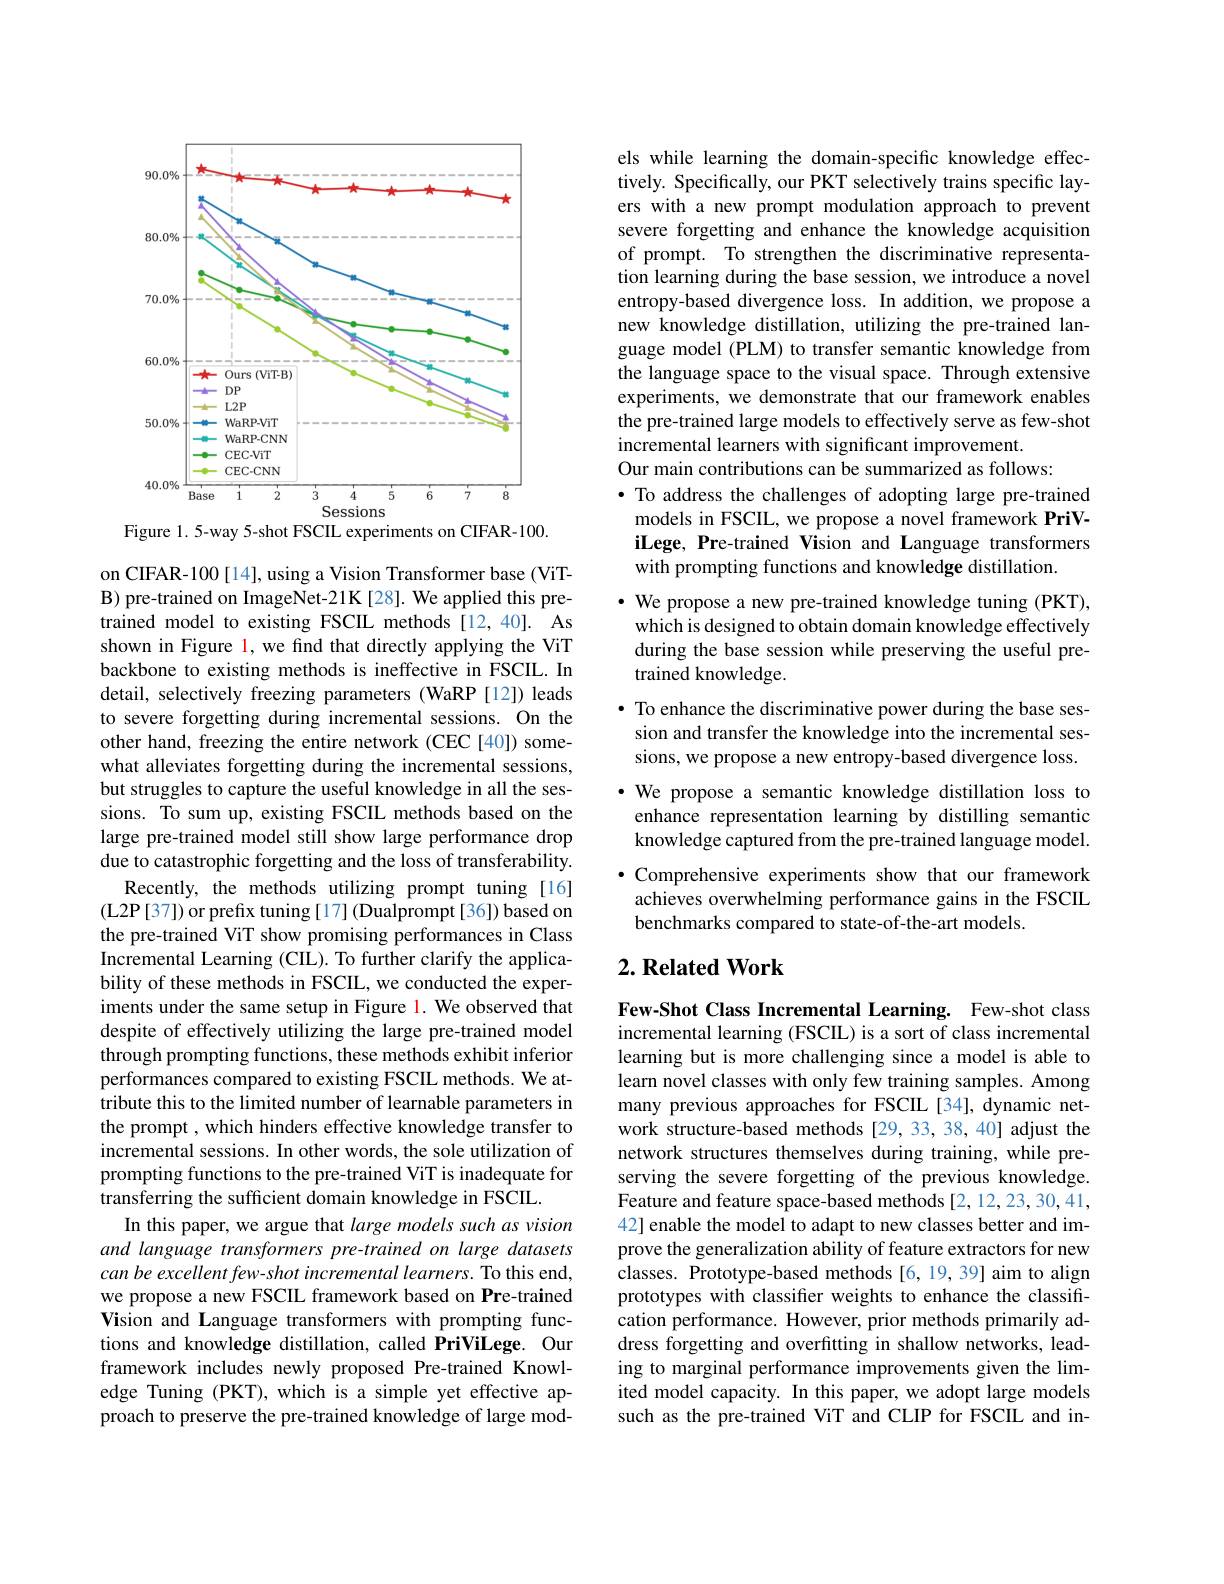
<FigureHere>
Figure 1. 5-way 5-shot FSCIL experiments on CIFAR-100.

on CIFAR-100[14], using a Vision Transformer base (ViTB) pre-trained on ImageNet-21K[28]. We applied this pretrained model to existing FSCIL methods [12,40]. As shown in Figure l, we find that directly applying the ViT backbone to existing methods is ineffective in FSCIL. In detail, selectively freezing parameters (WaRP [12]) leads to severe forgetting during incremental sessions. On the other hand, freezing the entire network (CEC[40]) somewhat alleviates forgetting during the incremental sessions, but struggles to capture the useful knowledge in all the sessions. To sum up, existing FSCIL methods based on the large pre-trained model still show large performance drop due to catastrophic forgetting and the loss of transferability.
Recently, the methods utilizing prompt tuning [16] (L2P[37]) or prefix tuning[17] (Dualprompt[36]) based on the pre-trained ViT show promising performances in Class Incremental Learning (CIL). To further clarify the applicability of these methods in FSCIL, we conducted the experiments under the same setup in Figure 1. We observed that despite of effectively utilizing the large pre-trained model through prompting functions, these methods exhibit inferior performances compared to existing FSCIL methods. We attribute this to the limited number of learnable parameters in the prompt , which hinders effective knowledge transfer to incremental sessions. In other words, the sole utilization of prompting functions to the pre-trained ViT is inadequate for transferring the sufficient domain knowledge in FSCIL.
In this paper, we argue that large models such as vision and language transformers pre-trained on large datasets can be excellent few-shot incremental learners. To this end, we propose a new FSCIL framework based on Pre-trained Vision and Language transformers with prompting functions and knowledge distillation, called PriViLege. Our framework includes newly proposed Pre-trained Knowledge Tuning (PKT), which is a simple yet effective approach to preserve the pre-trained knowledge of large mod-

els while learning the domain-specific knowledge effectively. Specifically, our PKT selectively trains specific layers with a new prompt modulation approach to prevent severe forgetting and enhance the knowledge acquisition of prompt. To strengthen the discriminative representation learning during the base session, we introduce a novel entropy-based divergence loss. In addition, we propose a new knowledge distillation, utilizing the pre-trained language model (PLM) to transfer semantic knowledge from the language space to the visual space. Through extensive experiments, we demonstrate that our framework enables the pre-trained large models to effectively serve as few-shot incremental learners with significant improvement
Our main contributions can be summarized as follows:
· To address the challenges of adopting large pre-trained models in FSCIL, we propose a novel framework PriViLege, Pre-trained Vision and Language transformers with prompting functions and knowledge distillation.
$\cdot$ We propose a new pre-trained knowledge tuning (PKT), which is designed to obtain domain knowledge effectively during the base session while preserving the useful pretrained knowledge.
· To enhance the discriminative power during the base session and transfer the knowledge into the incremental sessions, we propose a new entropy-based divergence loss. ·We propose a semantic knowledge distillation loss to enhance representation learning by distilling semantic knowledge captured from the pre-trained language model.
·Comprehensive experiments show that our framework
achieves overwhelming performance gains in the FSCIL
benchmarks compared to state-of-the-art models.

## $2. \textbf{Related Work}$

Few-Shot Class Incremental Learning. Few-shot class incremental learning (FSCIL) is a sort of class incremental learning but is more challenging since a model is able to learn novel classes with only few training samples. Among many previous approaches for FSCIL[34], dynamic network structure-based methods [29,33,38,40] adjust the network structures themselves during training, while preserving the severe forgetting of the previous knowledge. Feature and feature space-based methods [2,12,23,30,41, 42] enable the model to adapt to new classes better and improve the generalization ability of feature extractors for new classes. Prototype-based methods [6,19,39] aim to align prototypes with classifer weights to enhance the classiffcation performance. However, prior methods primarily address forgetting and overfitting in shallow networks, leading to marginal performance improvements given the limited model capacity. In this paper, we adopt large models such as the pre-trained ViT and CLIP for FSCIL and in-